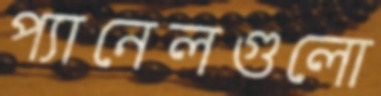
প্যানেলগুলো